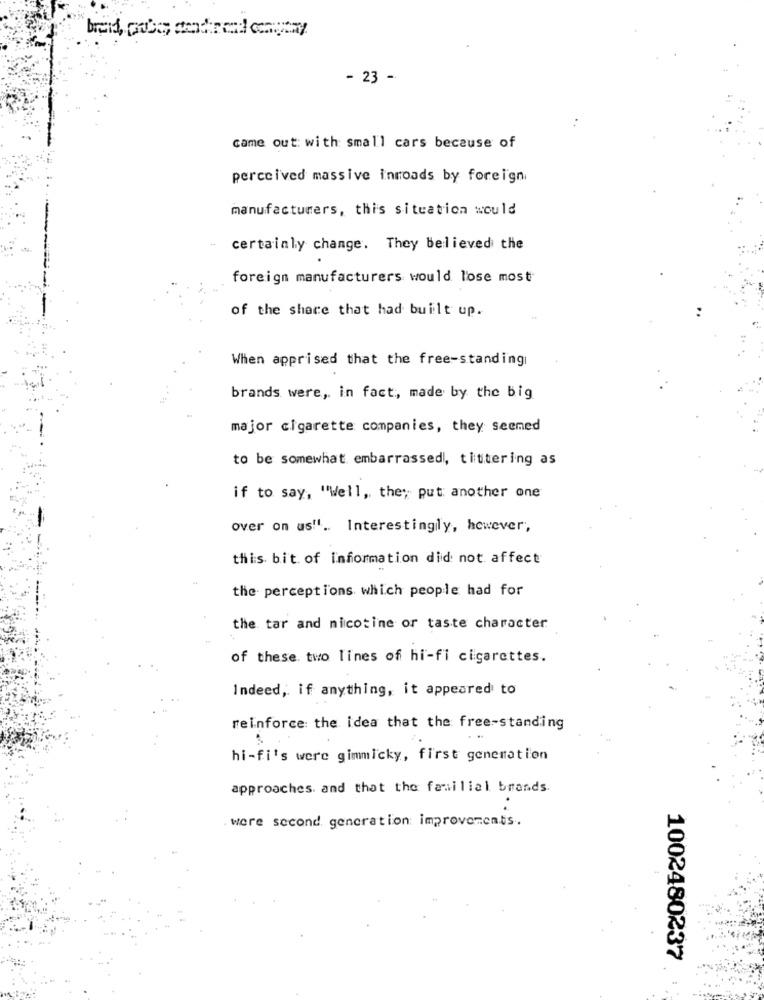
- 23 -
came out: with small cars because of
perceived massive inroads by foreign
manufacturers, this situation would
certainly change. They believed the
foreign manufacturers would lose most
of the share that had built up.
When apprised that the free-standing
brands were, in fact, made by the big
major cigarette companies, they seemed
to be somewhat embarrassed, tittering as
if to say, "Well, they put another one
over on us" .. Interestingly, however,
this bit of information did not affect
the perceptions which people had for
the tar and nicotine or taste character
of these two lines of hi-fi cigarettes.
Indeed, if anything, it appeared to
reinforce: the idea that the free-standing
hi-fi's were gimmicky, first generation
approaches. and that the familial brands
were second generation: improvements.
1002480237